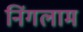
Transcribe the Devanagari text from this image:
निंगलाम